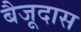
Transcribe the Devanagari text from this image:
बैजूदास